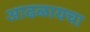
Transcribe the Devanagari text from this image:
आढळायचा